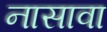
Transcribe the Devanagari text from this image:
नासावा